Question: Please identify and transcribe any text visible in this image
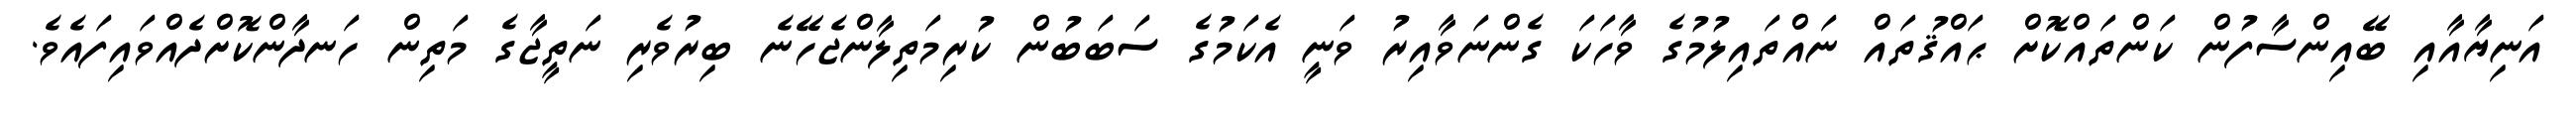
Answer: އަނިޔާއާއި ބޭއިންސާފުން ކަންތައްކޮށް ޙައްޤުތައް ނައްތައިލުމުގެ ވާހަކަ ގެންނަވާއިރު ވަނީ އެކަމުގެ ސަބަބުން ކުރިމަތިލާންޖެހޭނެ ބިރުވެރި ނަތީޖާގެ މަތިން ހަނދާންކޮށްދެއްވައިފައެވެ.